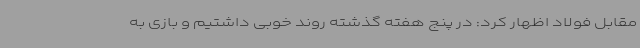
مقابل فولاد اظهار کرد: در پنج هفته گذشته روند خوبی داشتیم و بازی به